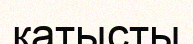
катысты